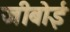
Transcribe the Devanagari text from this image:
जीबोई